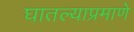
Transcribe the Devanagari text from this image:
घातल्याप्रमाणे